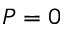
P = 0